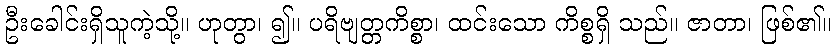
ဦးခေါင်းရှိသူကဲ့သို့။ ဟုတွာ၊ ၍။ ပရိဗျတ္တကိစ္စာ၊ ထင်းသော ကိစ္စရှိ သည်။ ဇာတာ၊ ဖြစ်၏။